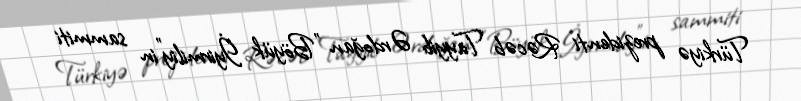
Türkiyə prezidenti Rəcəb Tayyib Ərdoğan "Böyük İyirmiliy"in sammiti